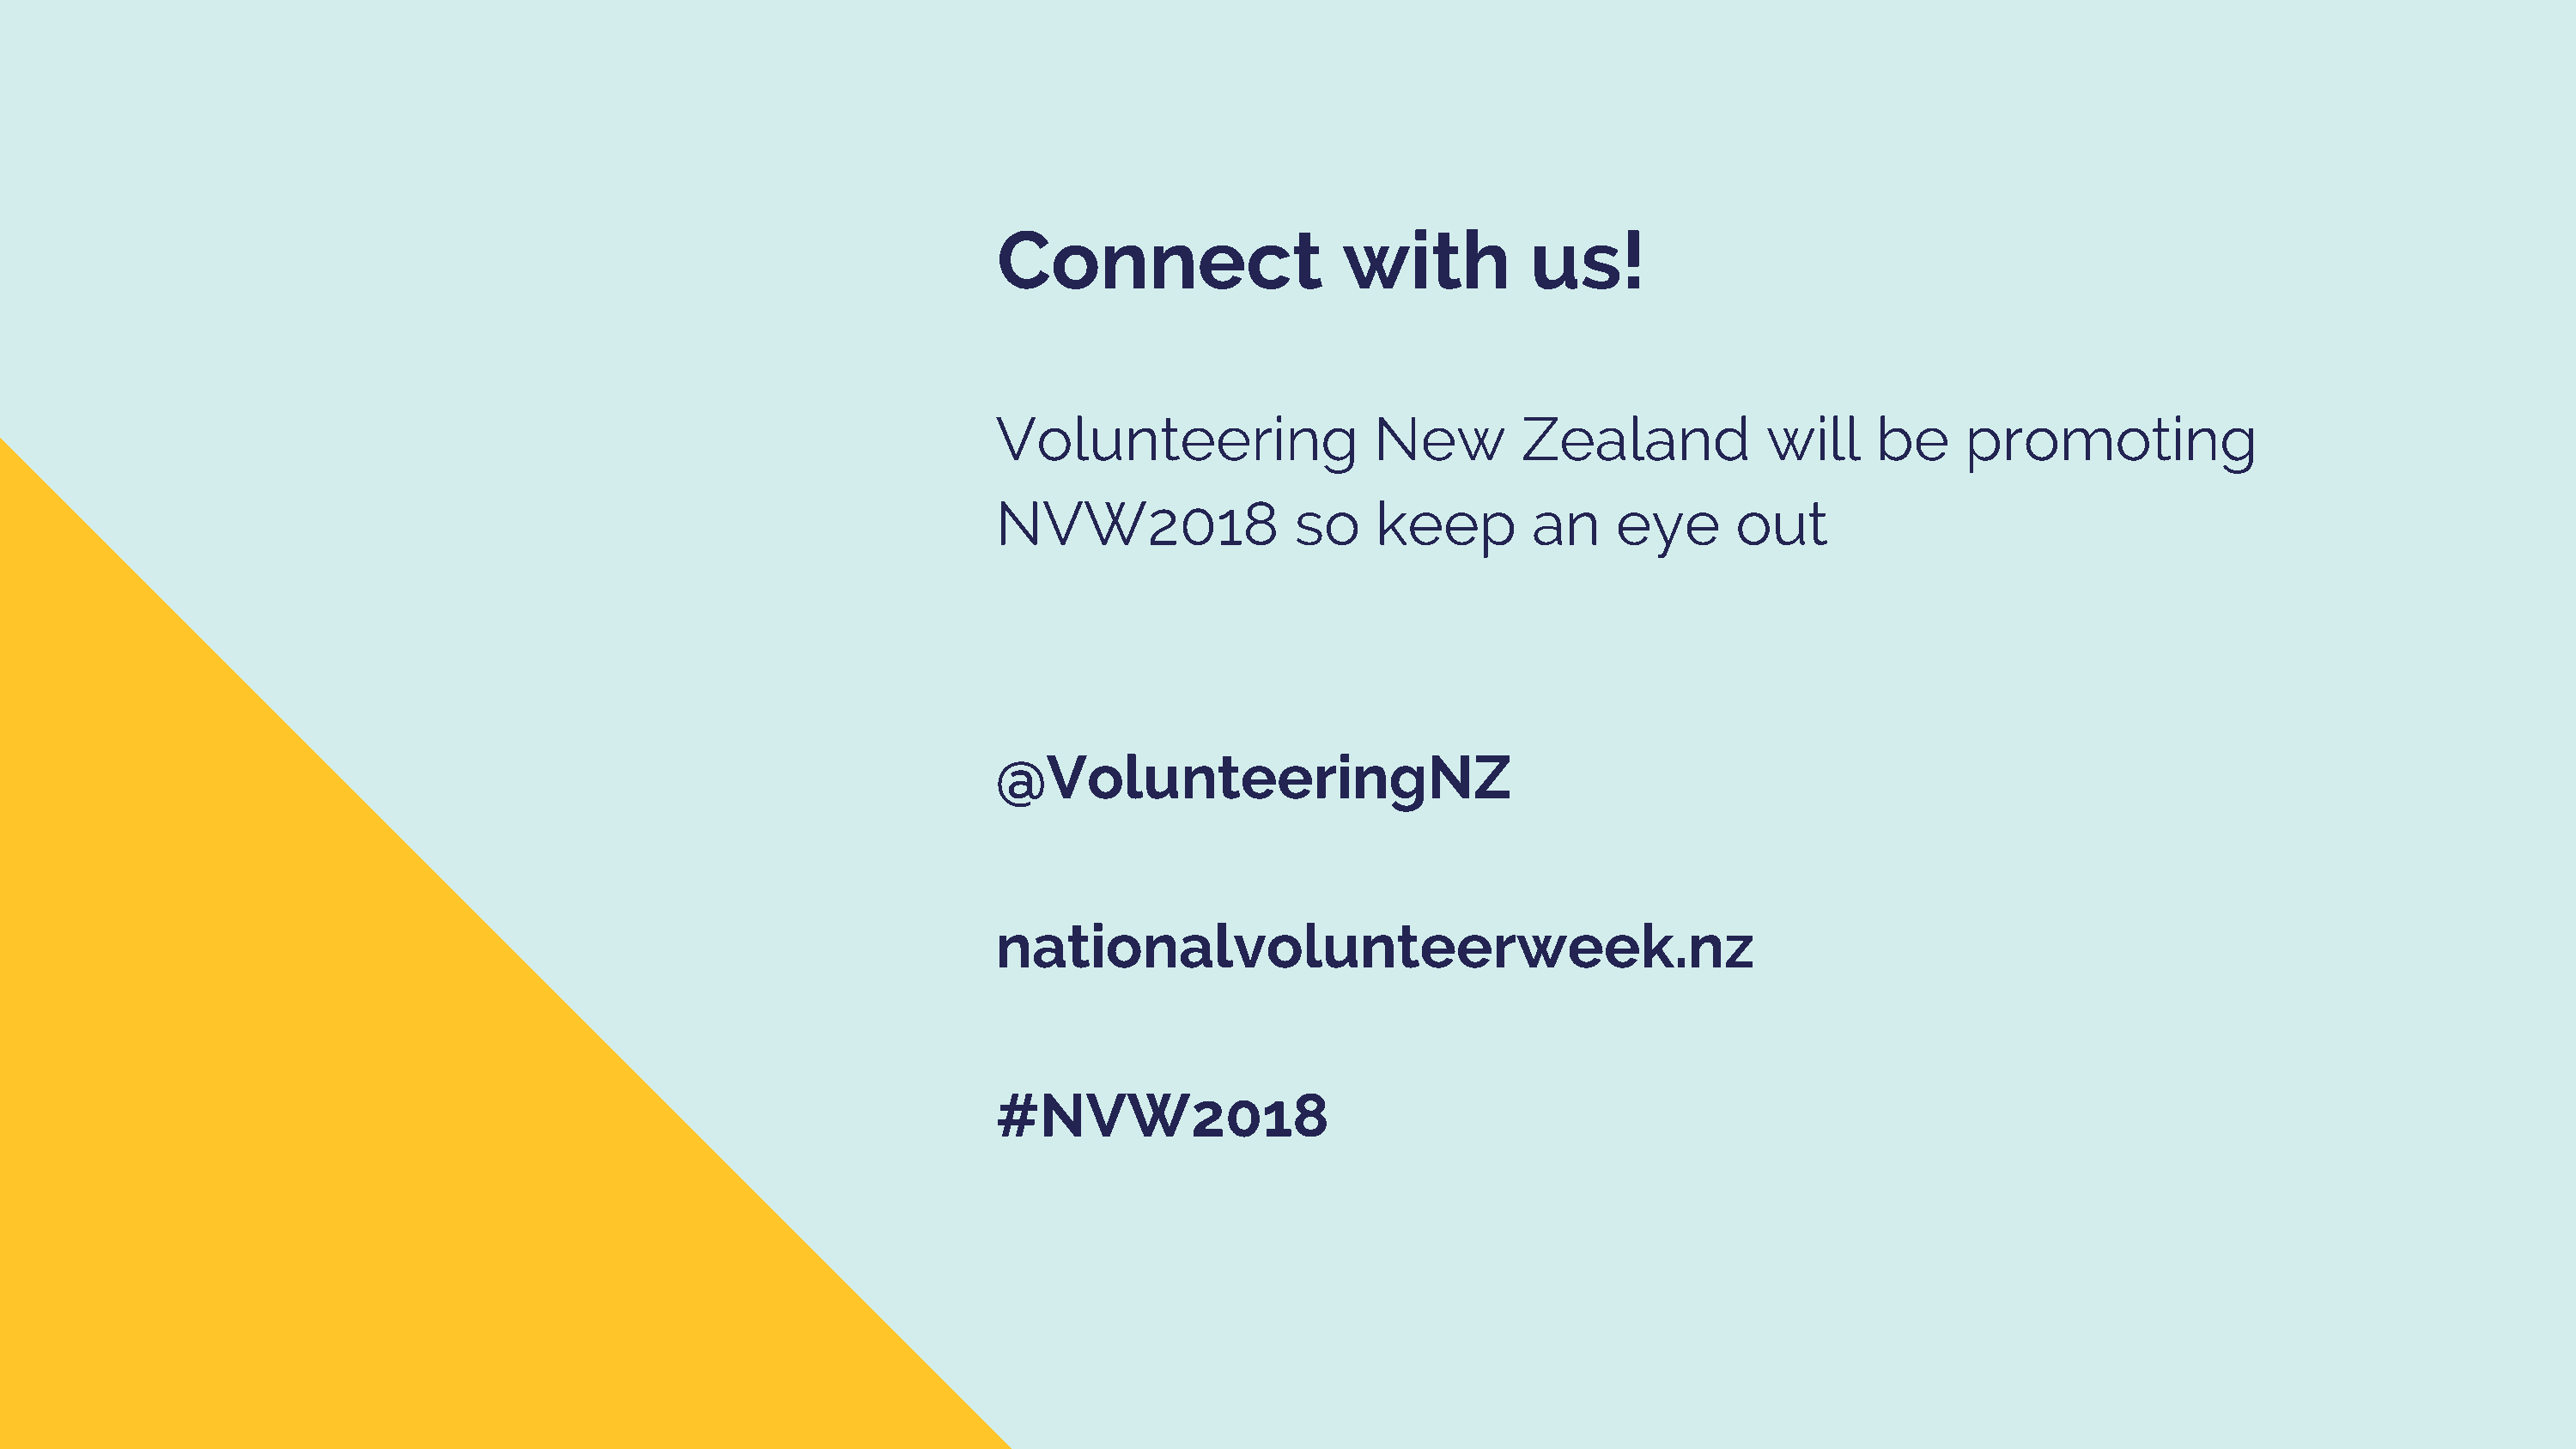
Connect                   with           us!
 Volunteering                 New        Zealand            will     be     promoting
 NVW2018                so    keep        an     eye      out
 @VolunteeringNZ
 nationalvolunteerweek.nz
 #NVW2018